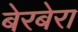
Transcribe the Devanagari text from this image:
बेरबेरा